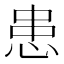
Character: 患